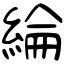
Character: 綸